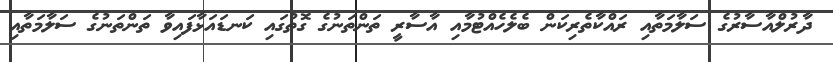
ދާރުލްއާސާރުގެ ސަލާމަތާއި ރައްކާތެރިކަން ބެލެހެއްޓުމާއި އާސާރީ ތަންތަނުގެ ގޮތުގައި ކަނޑައަޅާފައިވާ ތަންތަނުގެ ސަލާމަތާއި